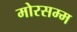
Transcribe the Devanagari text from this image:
मोरसम्म